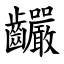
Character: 䶫